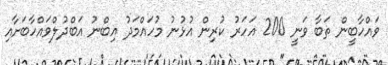
ވައްހާބީން ތަބާ ވަނީ 200 އަހަރު ކުރިން އުޅުނު މުހައްމަދު އިބްނު އަބްދުލްވައްހާބަށާއި